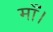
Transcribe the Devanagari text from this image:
माँ।